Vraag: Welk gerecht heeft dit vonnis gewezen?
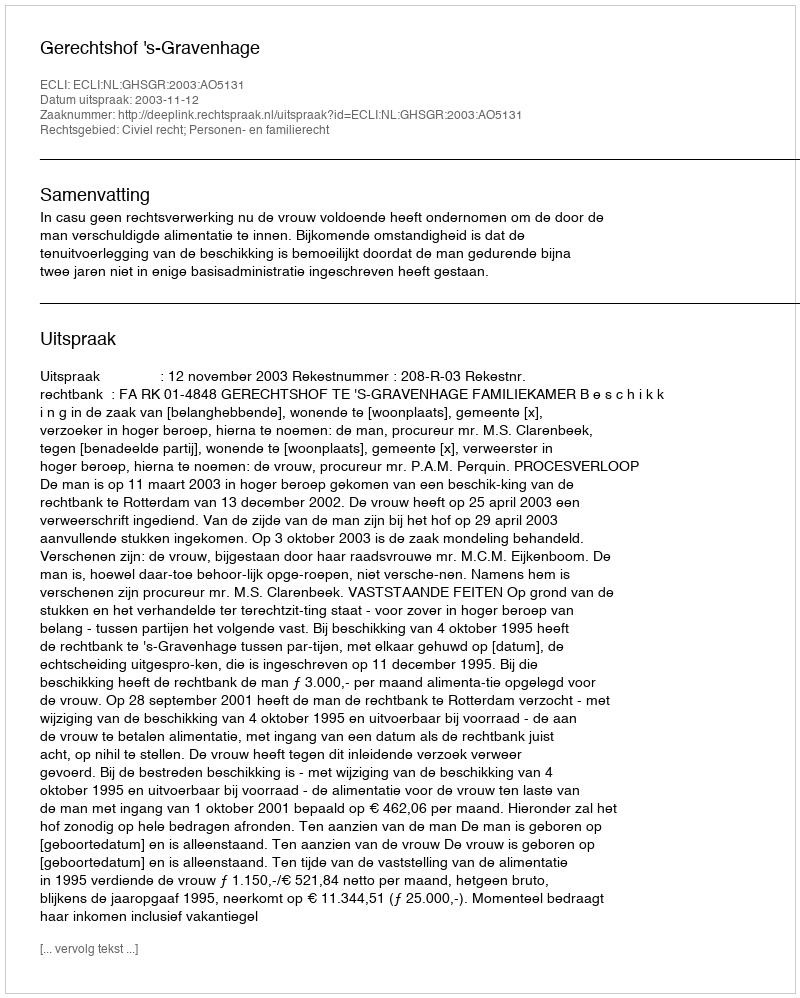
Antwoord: Gerechtshof 's-Gravenhage